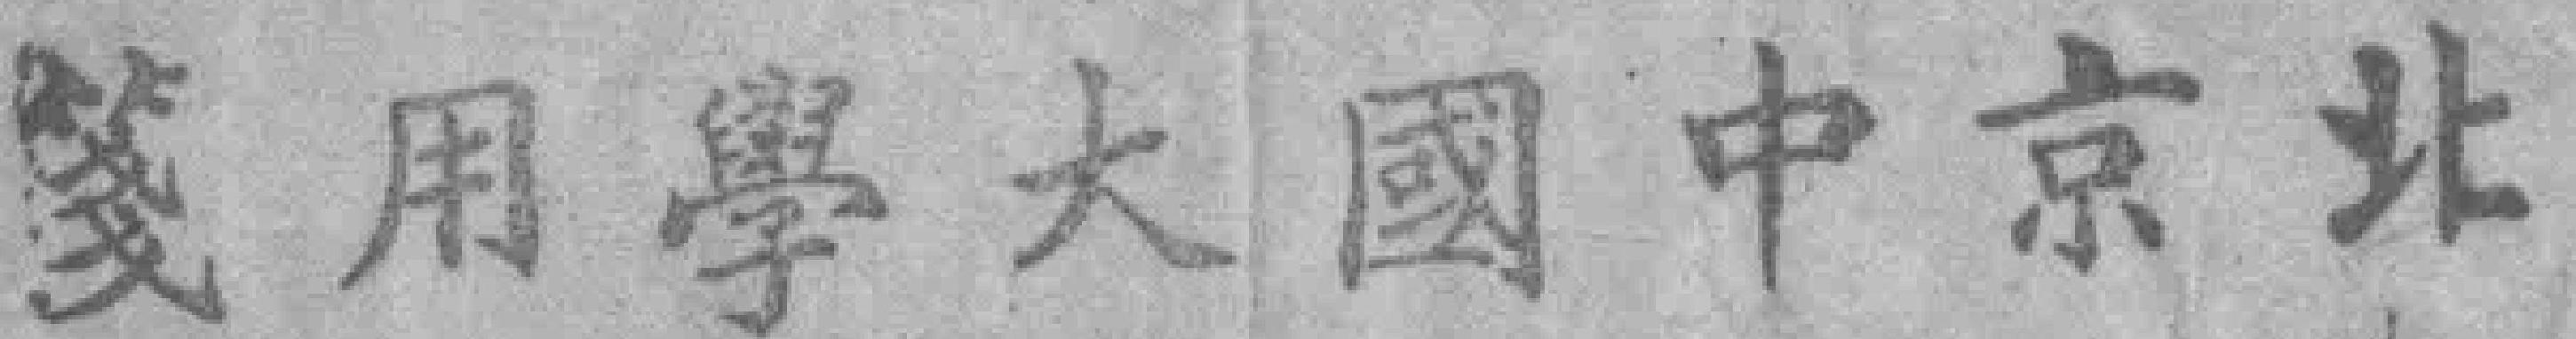
笺用學大國中京北